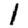
Digit: 1